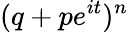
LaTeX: (q+pe^{it})^{n}